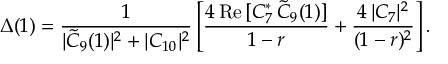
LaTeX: \Delta ( 1 ) = { \frac { 1 } { | \widetilde C _ { 9 } ( 1 ) | ^ { 2 } + | C _ { 1 0 } | ^ { 2 } } } \left[ { \frac { 4 \, \mathrm { R e } \, [ C _ { 7 } ^ { * } \, \widetilde C _ { 9 } ( 1 ) ] } { 1 - r } } + { \frac { 4 \, | C _ { 7 } | ^ { 2 } } { ( 1 - r ) ^ { 2 } } } \right] .